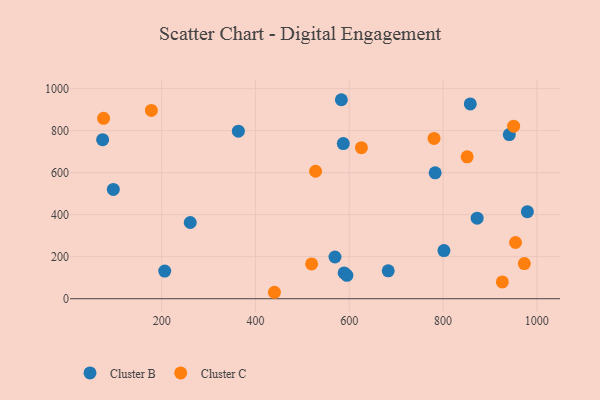
{"axis": {"x": "Investment", "y": "Exam Score"}, "legend": ["Cluster B", "Cluster C"], "data": [{"x": "979.8", "y": 414.2, "type": "Cluster B"}, {"x": "363.6", "y": 797.2, "type": "Cluster B"}, {"x": "206.6", "y": 131.6, "type": "Cluster B"}, {"x": "872.7", "y": 383.3, "type": "Cluster B"}, {"x": "583.2", "y": 947.1, "type": "Cluster B"}, {"x": "569.6", "y": 198.6, "type": "Cluster B"}, {"x": "589.1", "y": 122.7, "type": "Cluster B"}, {"x": "595.0", "y": 111.5, "type": "Cluster B"}, {"x": "261.0", "y": 362.7, "type": "Cluster B"}, {"x": "801.9", "y": 229.3, "type": "Cluster B"}, {"x": "683.1", "y": 133.0, "type": "Cluster B"}, {"x": "587.3", "y": 738.3, "type": "Cluster B"}, {"x": "783.2", "y": 599.0, "type": "Cluster B"}, {"x": "941.2", "y": 781.2, "type": "Cluster B"}, {"x": "74.2", "y": 757.1, "type": "Cluster B"}, {"x": "858.1", "y": 927.2, "type": "Cluster B"}, {"x": "97.0", "y": 520.0, "type": "Cluster B"}, {"x": "973.3", "y": 167.2, "type": "Cluster C"}, {"x": "851.4", "y": 675.2, "type": "Cluster C"}, {"x": "528.2", "y": 606.7, "type": "Cluster C"}, {"x": "178.1", "y": 896.0, "type": "Cluster C"}, {"x": "780.8", "y": 762.7, "type": "Cluster C"}, {"x": "519.8", "y": 165.4, "type": "Cluster C"}, {"x": "440.5", "y": 30.7, "type": "Cluster C"}, {"x": "950.5", "y": 821.3, "type": "Cluster C"}, {"x": "76.2", "y": 858.5, "type": "Cluster C"}, {"x": "926.4", "y": 79.8, "type": "Cluster C"}, {"x": "954.5", "y": 267.5, "type": "Cluster C"}, {"x": "626.0", "y": 718.8, "type": "Cluster C"}]}